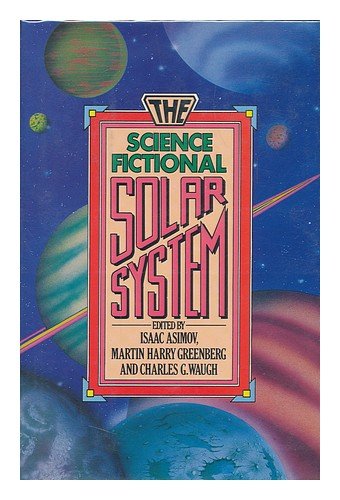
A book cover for The Science Fictional Solar System; Science & Math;